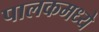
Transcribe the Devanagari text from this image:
पालकमध्ये